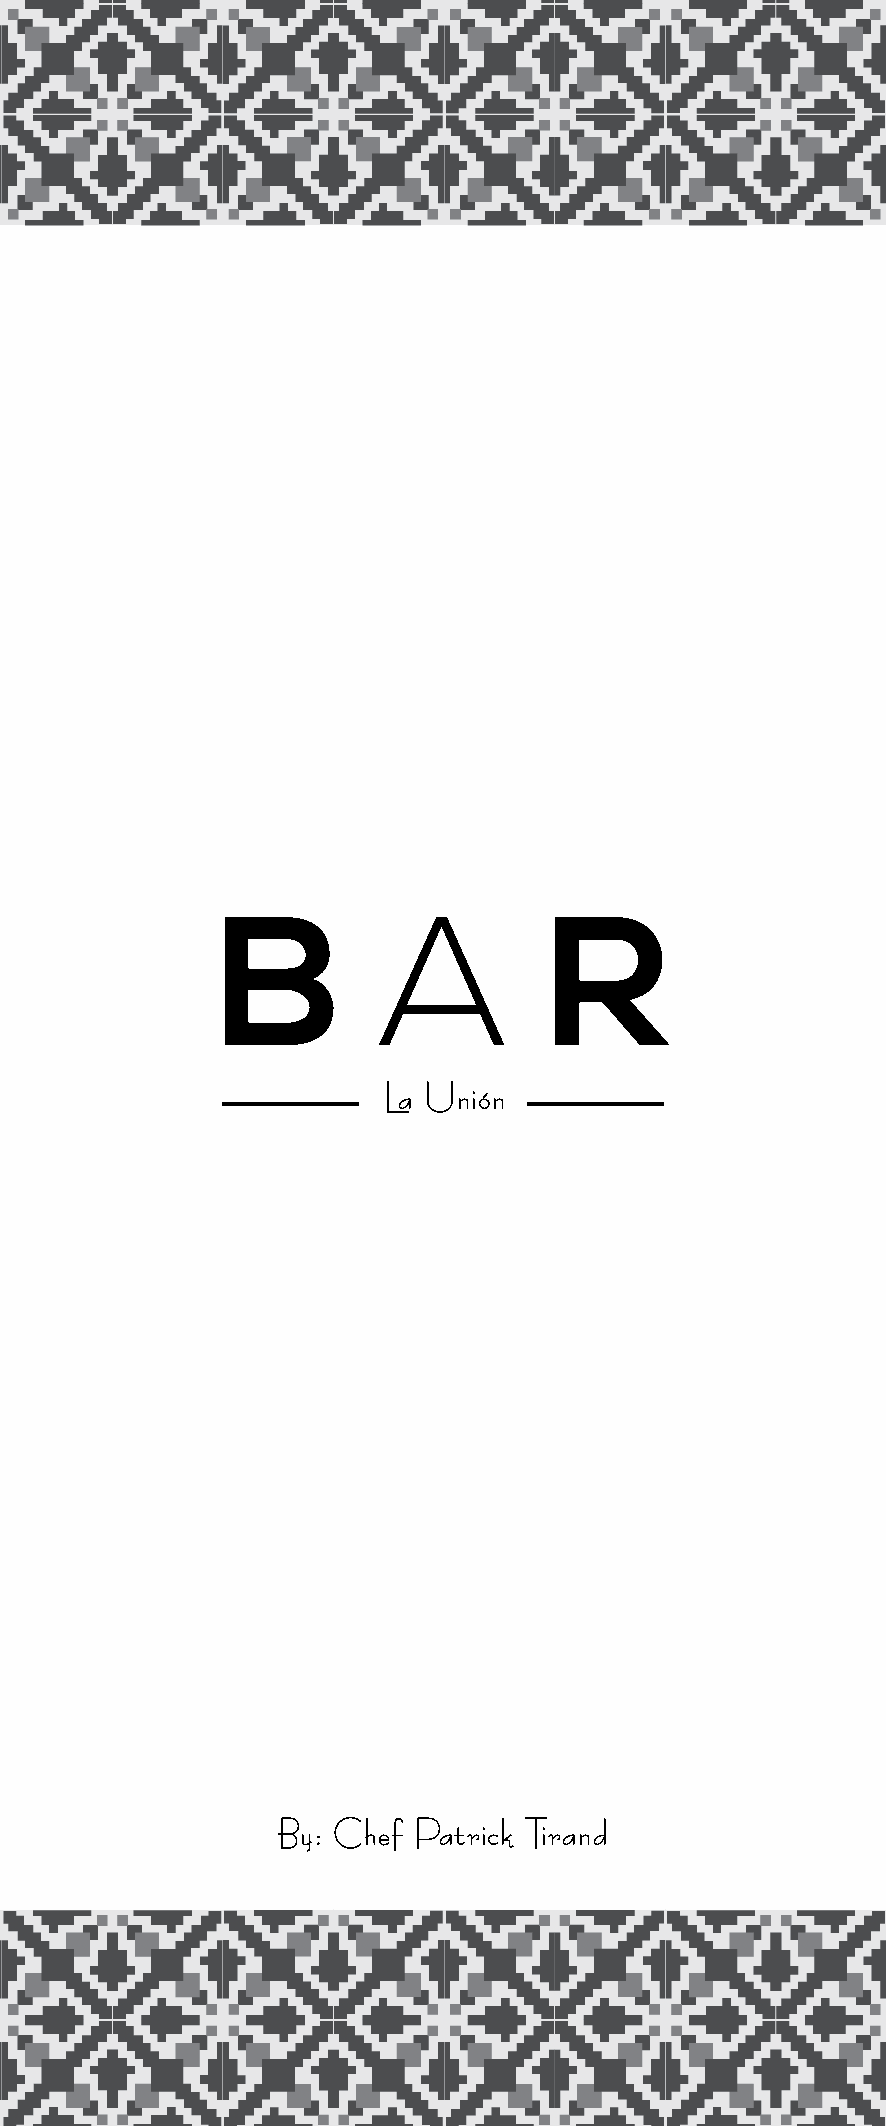
B          A          R
 La Unión
 By: Chef Patrick Tirand